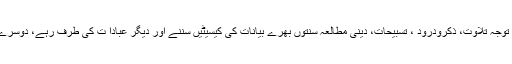
بہتریہ ہے کہ اِعْتِکاف کے دَوران ساری تَوَجُّہ تِلاوت، ذِکرودُرُود ، تَسبیحات، دینی مطالَعَہ سنّتوں بھرے بیانات کی کیسیٹیں سننے اور دیگر عِبادا ت کی طرف رہے، دوسرے کاموں میں زیادہ وَقْت صَرْف نہ کریں ۔